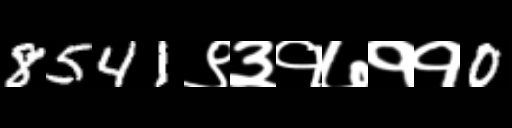
Text: 8541९३१७११0